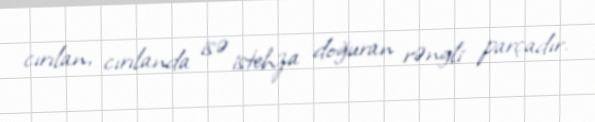
cırılan, cırılanda isə istehza doğuran rəngli parçadır.